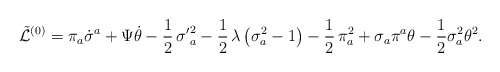
\begin{align*}\tilde {\cal L}^{(0)} = \pi_a\dot{\sigma}^a + \Psi\dot{\theta} - \frac{1}{2}\,{\sigma^\prime} ^2_a -\frac{1}{2}\,\lambda\,\bigl(\sigma^2_a - 1\bigr) - \frac{1}{2}\,\pi^2_a + \sigma_a\pi^a\theta - \frac {1}{2} \sigma_a^2 \theta^2.\end{align*}